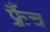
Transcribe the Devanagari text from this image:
फ़्रैंच